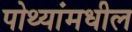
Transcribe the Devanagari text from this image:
पोथ्यांमधील